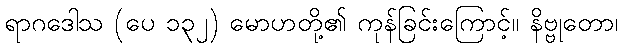
ရာဂဒေါသ (ပေ ၁၃၂) မောဟတို့၏ ကုန်ခြင်းကြောင့်။ နိဗ္ဗုတော၊